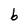
Character: b